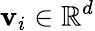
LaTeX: \mathbf{v}_{i}\in\mathbb{R}^{d}